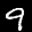
Label: 9